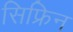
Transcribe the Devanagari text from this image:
सिफ्रिन